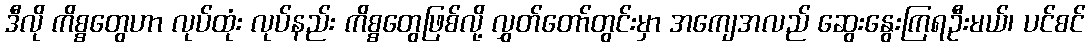
ဒီလို ကိစ္စတွေဟာ လုပ်ထုံး လုပ်နည်း ကိစ္စတွေဖြစ်လို့ လွှတ်တော်တွင်းမှာ အကျေအလည် ဆွေးနွေးကြရဦးမယ်၊ ပင်စင်